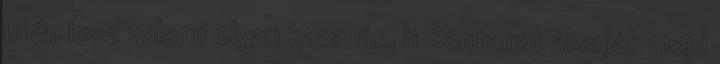
után lesz valami olyan kavarás, h Santanat akarják majd